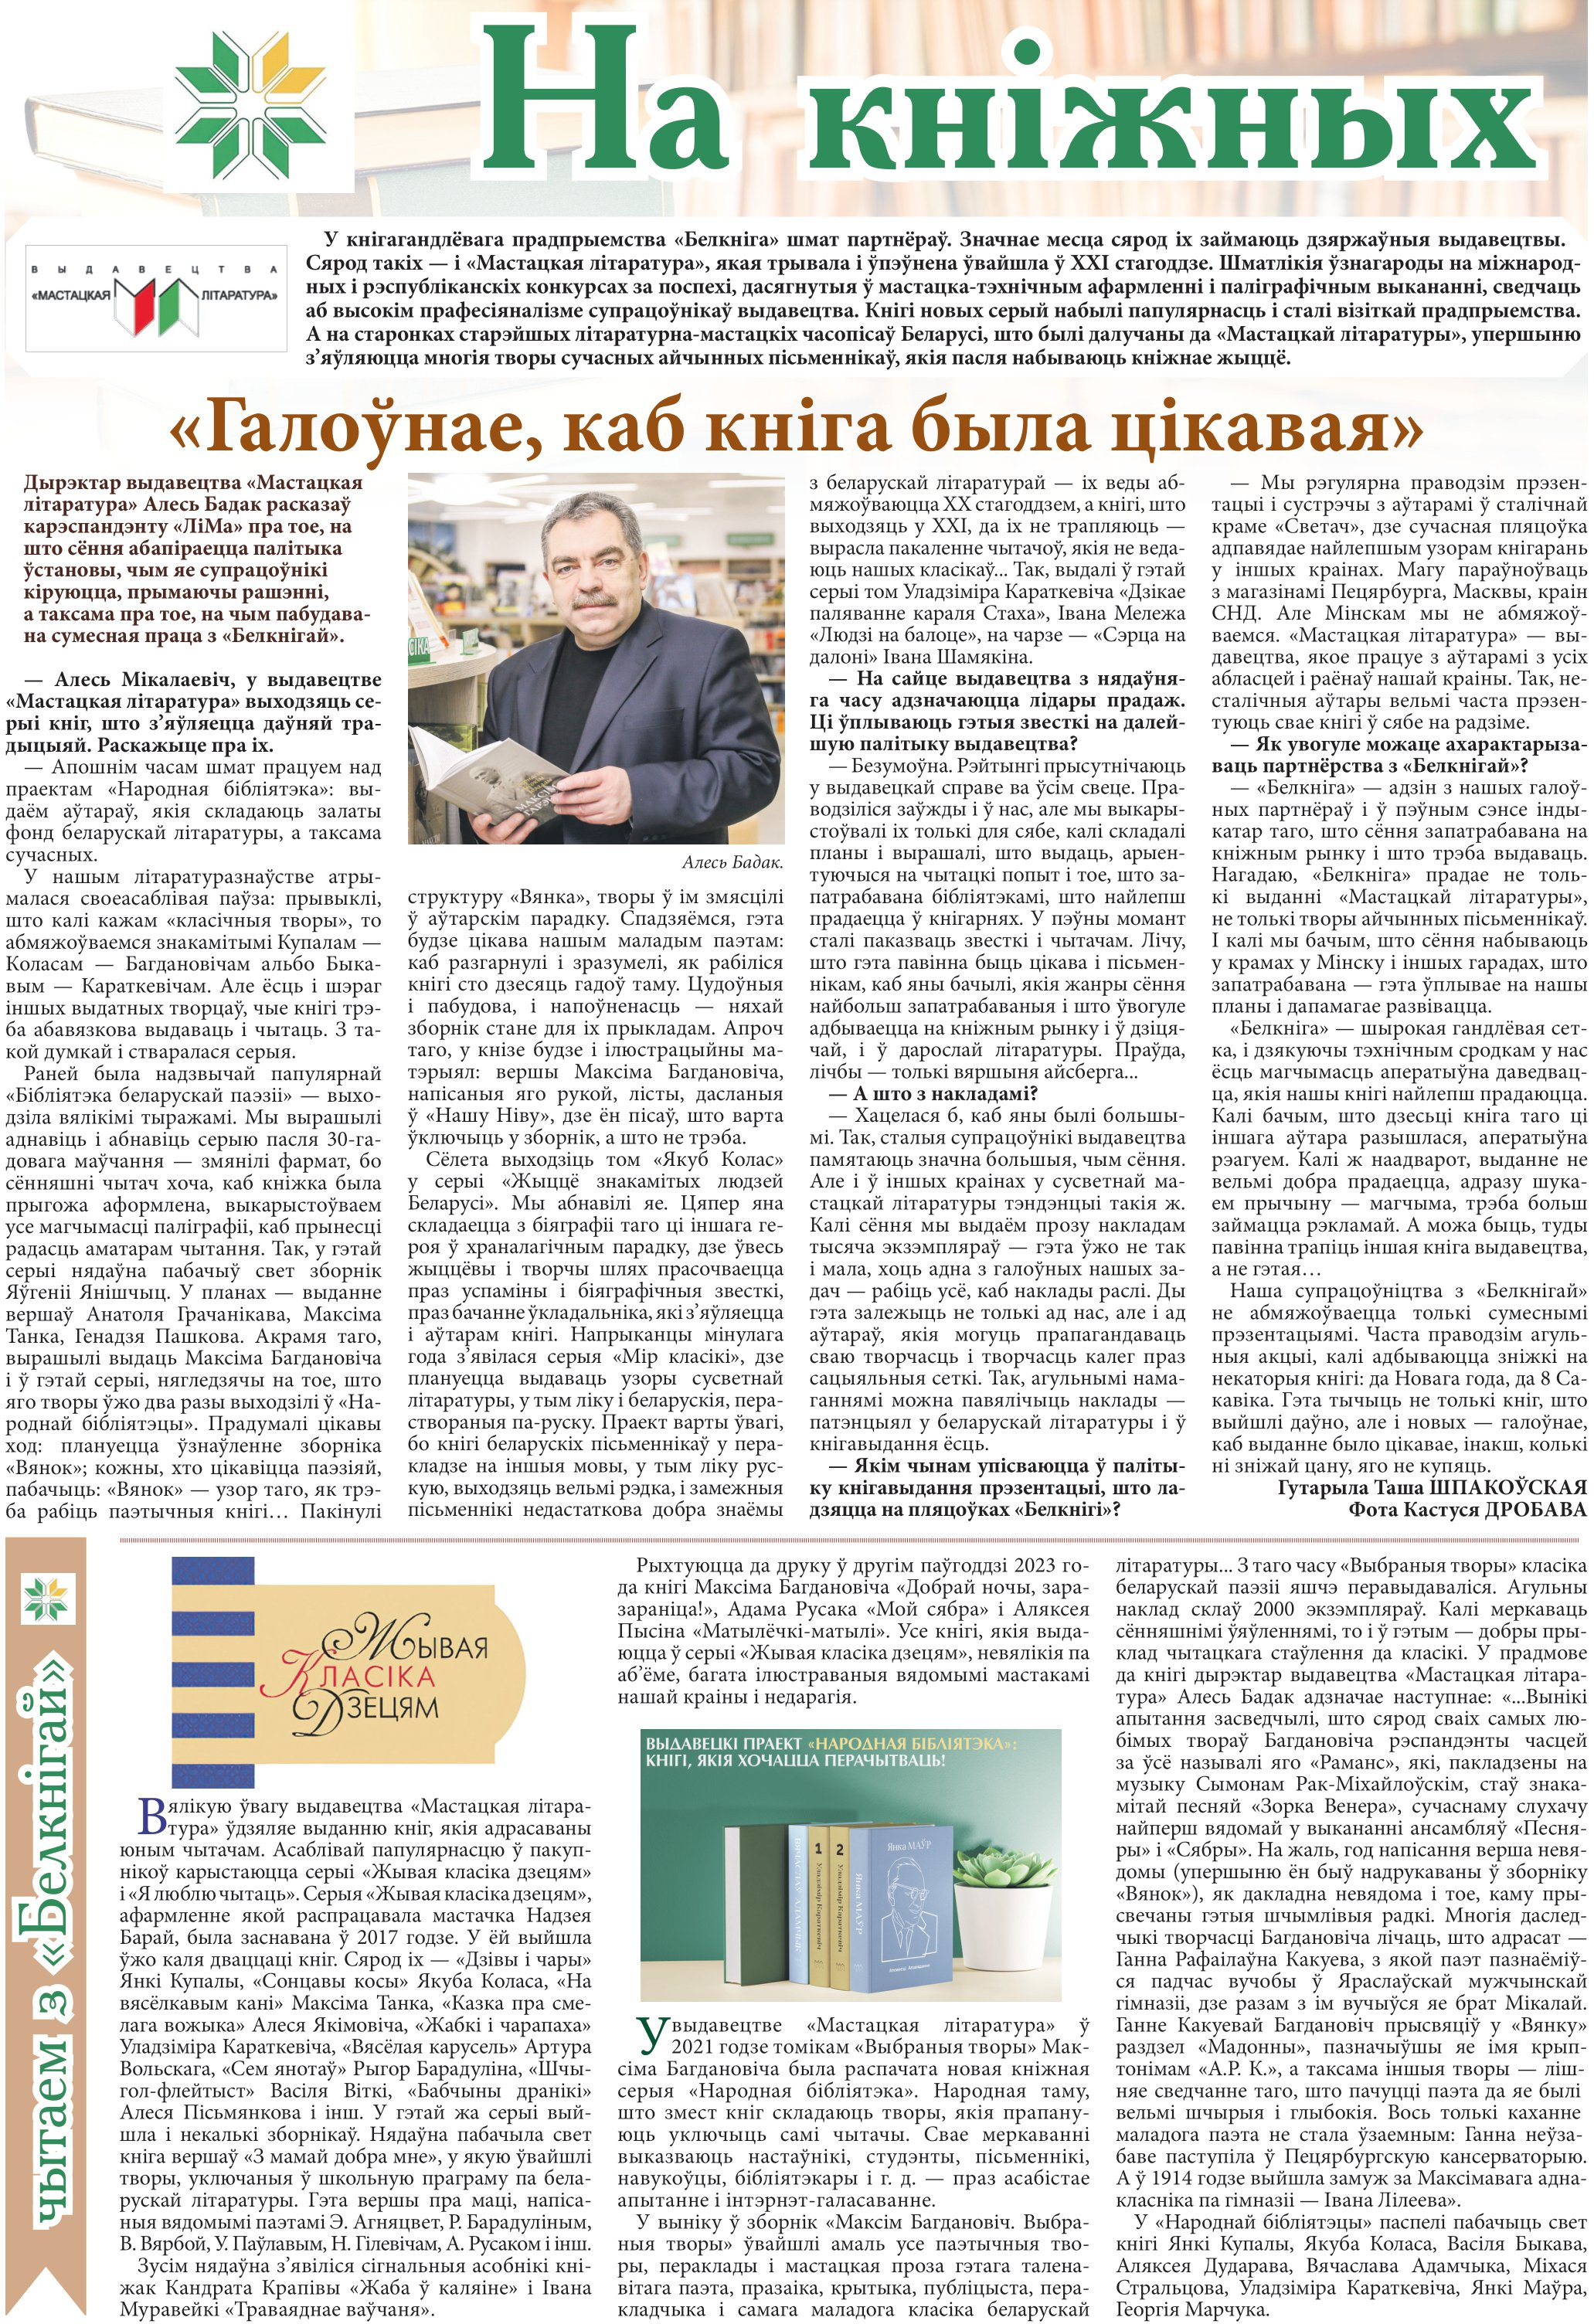
Language: be